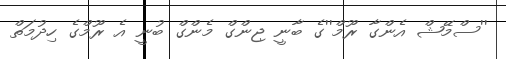
''ސްމޭޝް އެންގާ ރޫމް''ގެ ބާނީ ޖިންގް މެންގް ބުނީ އެ ރޫމްގެ ހިދުމަތް